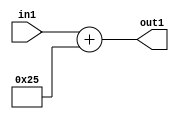
`timescale 1ps / 1ps
/*****************************************************************************
    Verilog RTL Description
    
    
    Created by: Stratus DpOpt 2019.1.01 
*******************************************************************************/

module DC_Filter_Add_12U_150_4 (
	in1,
	out1
	); /* architecture "behavioural" */ 
input [11:0] in1;
output [11:0] out1;
wire [11:0] asc001;

assign asc001 = 
	+(in1)
	+(12'B000000100101);

assign out1 = asc001;
endmodule

/* CADENCE  urj4TAk= : u9/ySgnWtBlWxVPRXgAZ4Og= ** DO NOT EDIT THIS LINE ******/